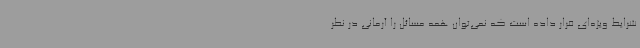
شرایط ویژه‌ای قرار داده است که نمی‌توان همه مسائل را آرمانی در نظر